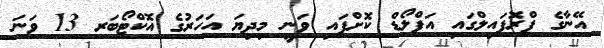
އޭނާގެ ޕްރޮފައިލްގައި އަޕްލޯޑް ކޮށްފައި ވަނީ މިދިޔަ އަހަރުގެ އޮކްޓޯބަރ 13 ވަނަ